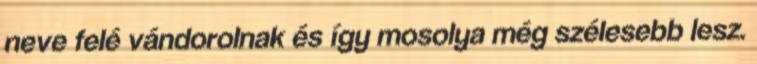
neve felé vándorolnak és így mosolya még szélesebb lesz.